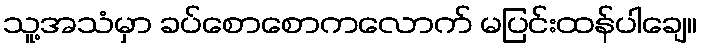
သူ့အသံမှာ ခပ်စောစောကလောက် မပြင်းထန်ပါချေ။